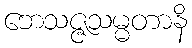
ဘေသဇ္ဇသမ္မတာနိ